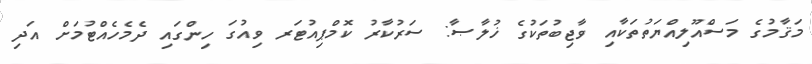
މަޤާމުގެ މަސްއޫލިއްޔަތުތަކާއި ވާޖިބުތަކުގެ ޚުލާޞާ: ސަރުކާރު ކޮމްޕިއުޓަރ ވިއުގަ ހިންގައި ދެމެހެއްޓުމަށް އަދި